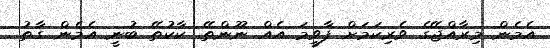
އެމެން މިރާއްޖޭގެ ވެރިކަމަށް ފާވީމަ އެއް ނޫންތޭ. ކާކުތޭ ބުނީ އެމެން ގާތު